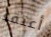
أعتقد